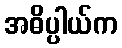
အဓိပ္ပါယ်က